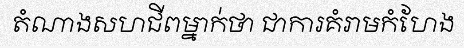
តំណាងសហជីពម្នាក់ថា ជាការគំរាមកំហែង